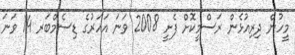
މީހުން ދިރިއުޅެން ރަސްމީކޮށް ފެށީ 2008 ވަނަ އަހަރުގެ ޑިސެމްބަރ 14 ވަނަ